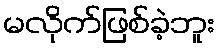
မလိုက်ဖြစ်ခဲ့ဘူး